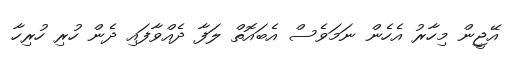
އޭޖީން މިހާރު އެހެން ނަމަވެސް އެބައޮތް ލަފާ ދެއްވާފައި ދެން ހުރި ހުރިހާ